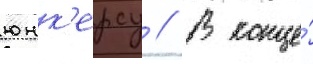
юнк'ерсу // В конце́